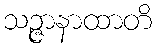
သဉ္ဇာနာထာတိ